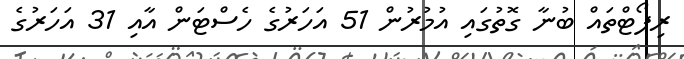
ރިޕޯޓްތައް ބުނާ ގޮތުގައި އުމުރުން 51 އަހަރުގެ ހެސްޓަން އާއި 31 އަހަރުގެ